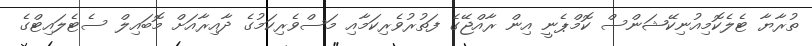
ތުރާޔާ ޓެލެކޮމިއުނިކޭޝަންސް ކޮމްޕެނީ އިން ރާއްޖޭގެ ފަތުރުވެރިކަމާއި މަސްވެރިކަމުގެ ދާއިރާއަށް މޮބައިލް ސެޓެލައިޓްގެ